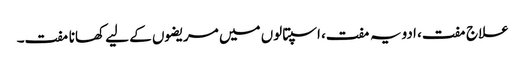
علاج مفت، ادویہ مفت، اسپتالوں میں مریضوں کے لیے کھانا مفت۔